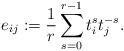
LaTeX: \begin{align*}e_{ij}:=\dfrac{1}{r}\sum_{s=0}^{r-1}t_i^st_j^{-s}.\end{align*}